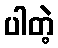
ပါတဲ့